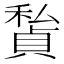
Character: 𥢅